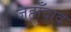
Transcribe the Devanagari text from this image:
जहाँदाद